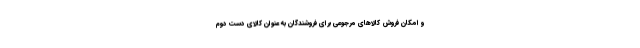
و امکان فروش کالاهای مرجوعی برای فروشندگان به عنوان کالای دست دوم